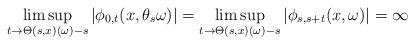
LaTeX: \begin{align*} \limsup_{t \rightarrow \Theta(s,x)(\omega) -s} |\phi_{0,t} (x, \theta_s \omega ) | = \limsup_{t \rightarrow \Theta(s,x)(\omega)-s} |\phi_{s, s+t} (x, \omega ) | = \infty \end{align*}